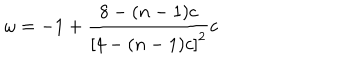
\omega = - 1 + \frac { 8 - ( n - 1 ) c } { \left[ 4 - ( n - 1 ) c \right] ^ { 2 } } c